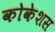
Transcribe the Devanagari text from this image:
कोकेशस